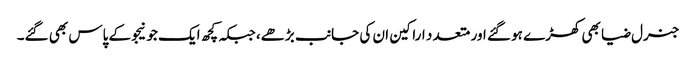
جنرل ضیا بھی کھڑے ہو گئے اور متعد د اراکین ان کی جانب بڑھے، جبکہ کچھ ایک جو نیجو کے پاس بھی گئے۔